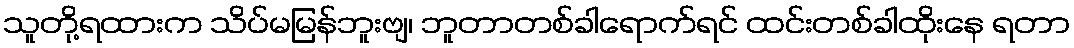
သူတို့ရထားက သိပ်မမြန်ဘူးဗျ၊ ဘူတာတစ်ခါရောက်ရင် ထင်းတစ်ခါထိုးနေ ရတာ